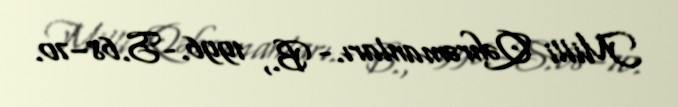
Milli Qəhrəmanları.- B., 1996.-S.68–70.